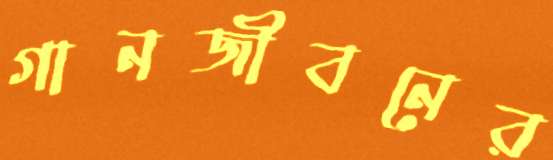
গানজীবনের